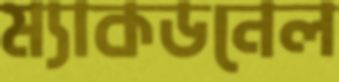
ম্যাকডনেল